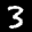
Label: 3